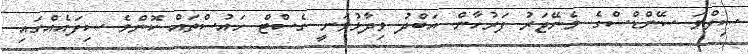
ސިލްވަ ސޭންޑްސްގެ މެނޭޖަރު ފަރުހާން އަބްދު ވިދާޅުވަނީ ގެސްޓް ހައުސްތައް ކޮންމެ ސިފައެއްގައި